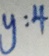
y : 4